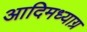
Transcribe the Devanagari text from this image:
आदिमध्याग्र